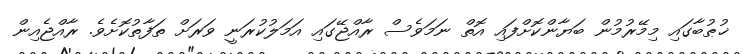
ޚުޠުބާގައި މިމޭރުމުން ބަޔާންކޮށްފައި އޮތް ނަމަވެސް ރާއްޖޭގައި އަމަލުކުރަނީ ވަރަށް ތަފާތުކޮށެވެ. ރާއްޖެއިން